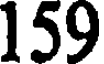
159